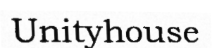
Unityhouse